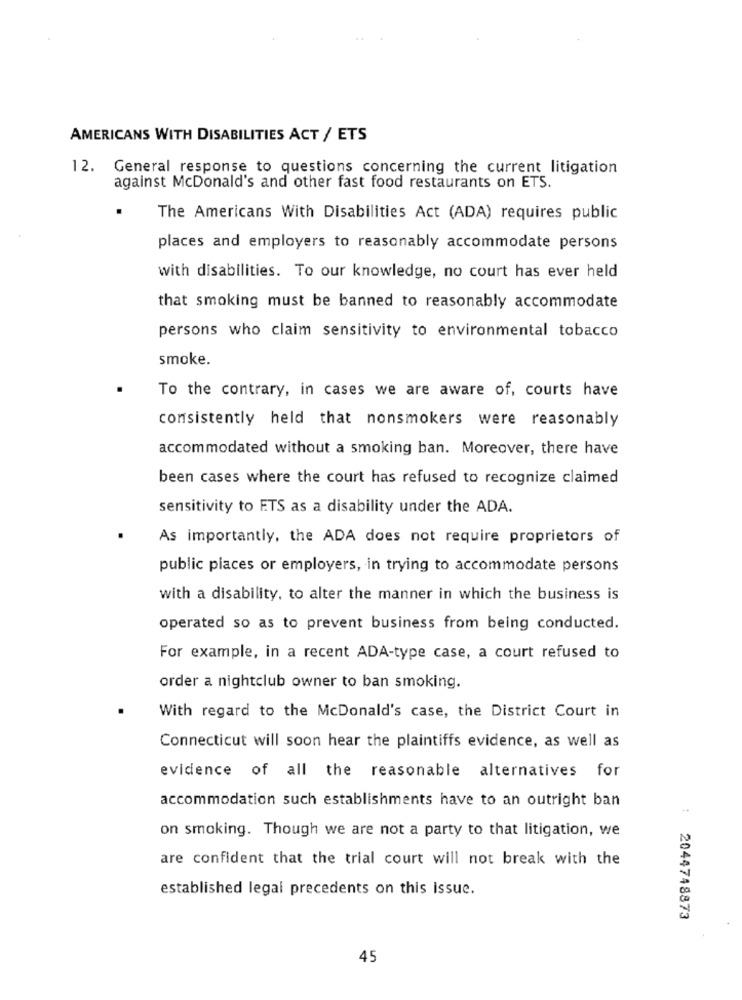
AMERICANS WITH DISABILITIES ACT / ETS
12. General response to questions concerning the current litigation
against McDonald's and other fast food restaurants on ETS.
The Americans With Disabilities Act (ADA) requires public
places and employers to reasonably accommodate persons
with disabilities. To our knowledge, no court has ever held
that smoking must be banned to reasonably accommodate
persons who claim sensitivity to environmental tobacco
smoke.
To the contrary, in cases we are aware of, courts have
consistently held that nonsmokers were reasonably
accommodated without a smoking ban. Moreover, there have
been cases where the court has refused to recognize claimed
sensitivity to ETS as a disability under the ADA.
As importantly, the ADA does not require proprietors of
public places or employers, in trying to accommodate persons
with a disability, to alter the manner in which the business is
operated so as to prevent business from being conducted.
For example, in a recent ADA-type case, a court refused to
order a nightclub owner to ban smoking.
With regard to the McDonald's case, the District Court in
Connecticut will soon hear the plaintiffs evidence, as well as
evidence of all the reasonable alternatives for
accommodation such establishments have to an outright ban
on smoking. Though we are not a party to that litigation, we
are confident that the trial court will not break with the
established legal precedents on this issue.
2044748873
45